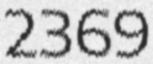
2369